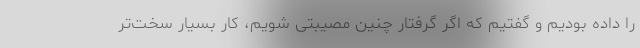
را داده بودیم و گفتیم که اگر گرفتار چنین مصیبتی شویم، کار بسیار سخت‌تر